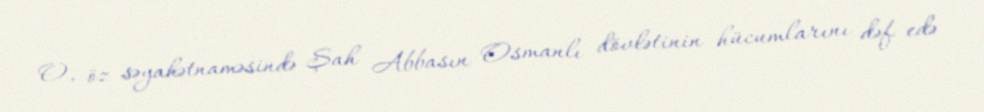
O, öz səyahətnaməsində Şah Abbasın Osmanlı dövlətinin hücumlarını dəf edə